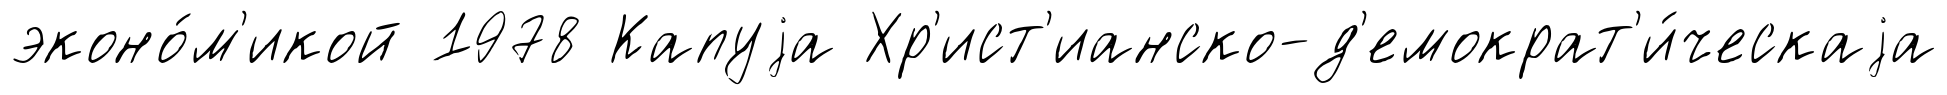
эконо́м'икой 1978 Капуjа Хр'ист'ианско-д'емократ'и́ческаjа